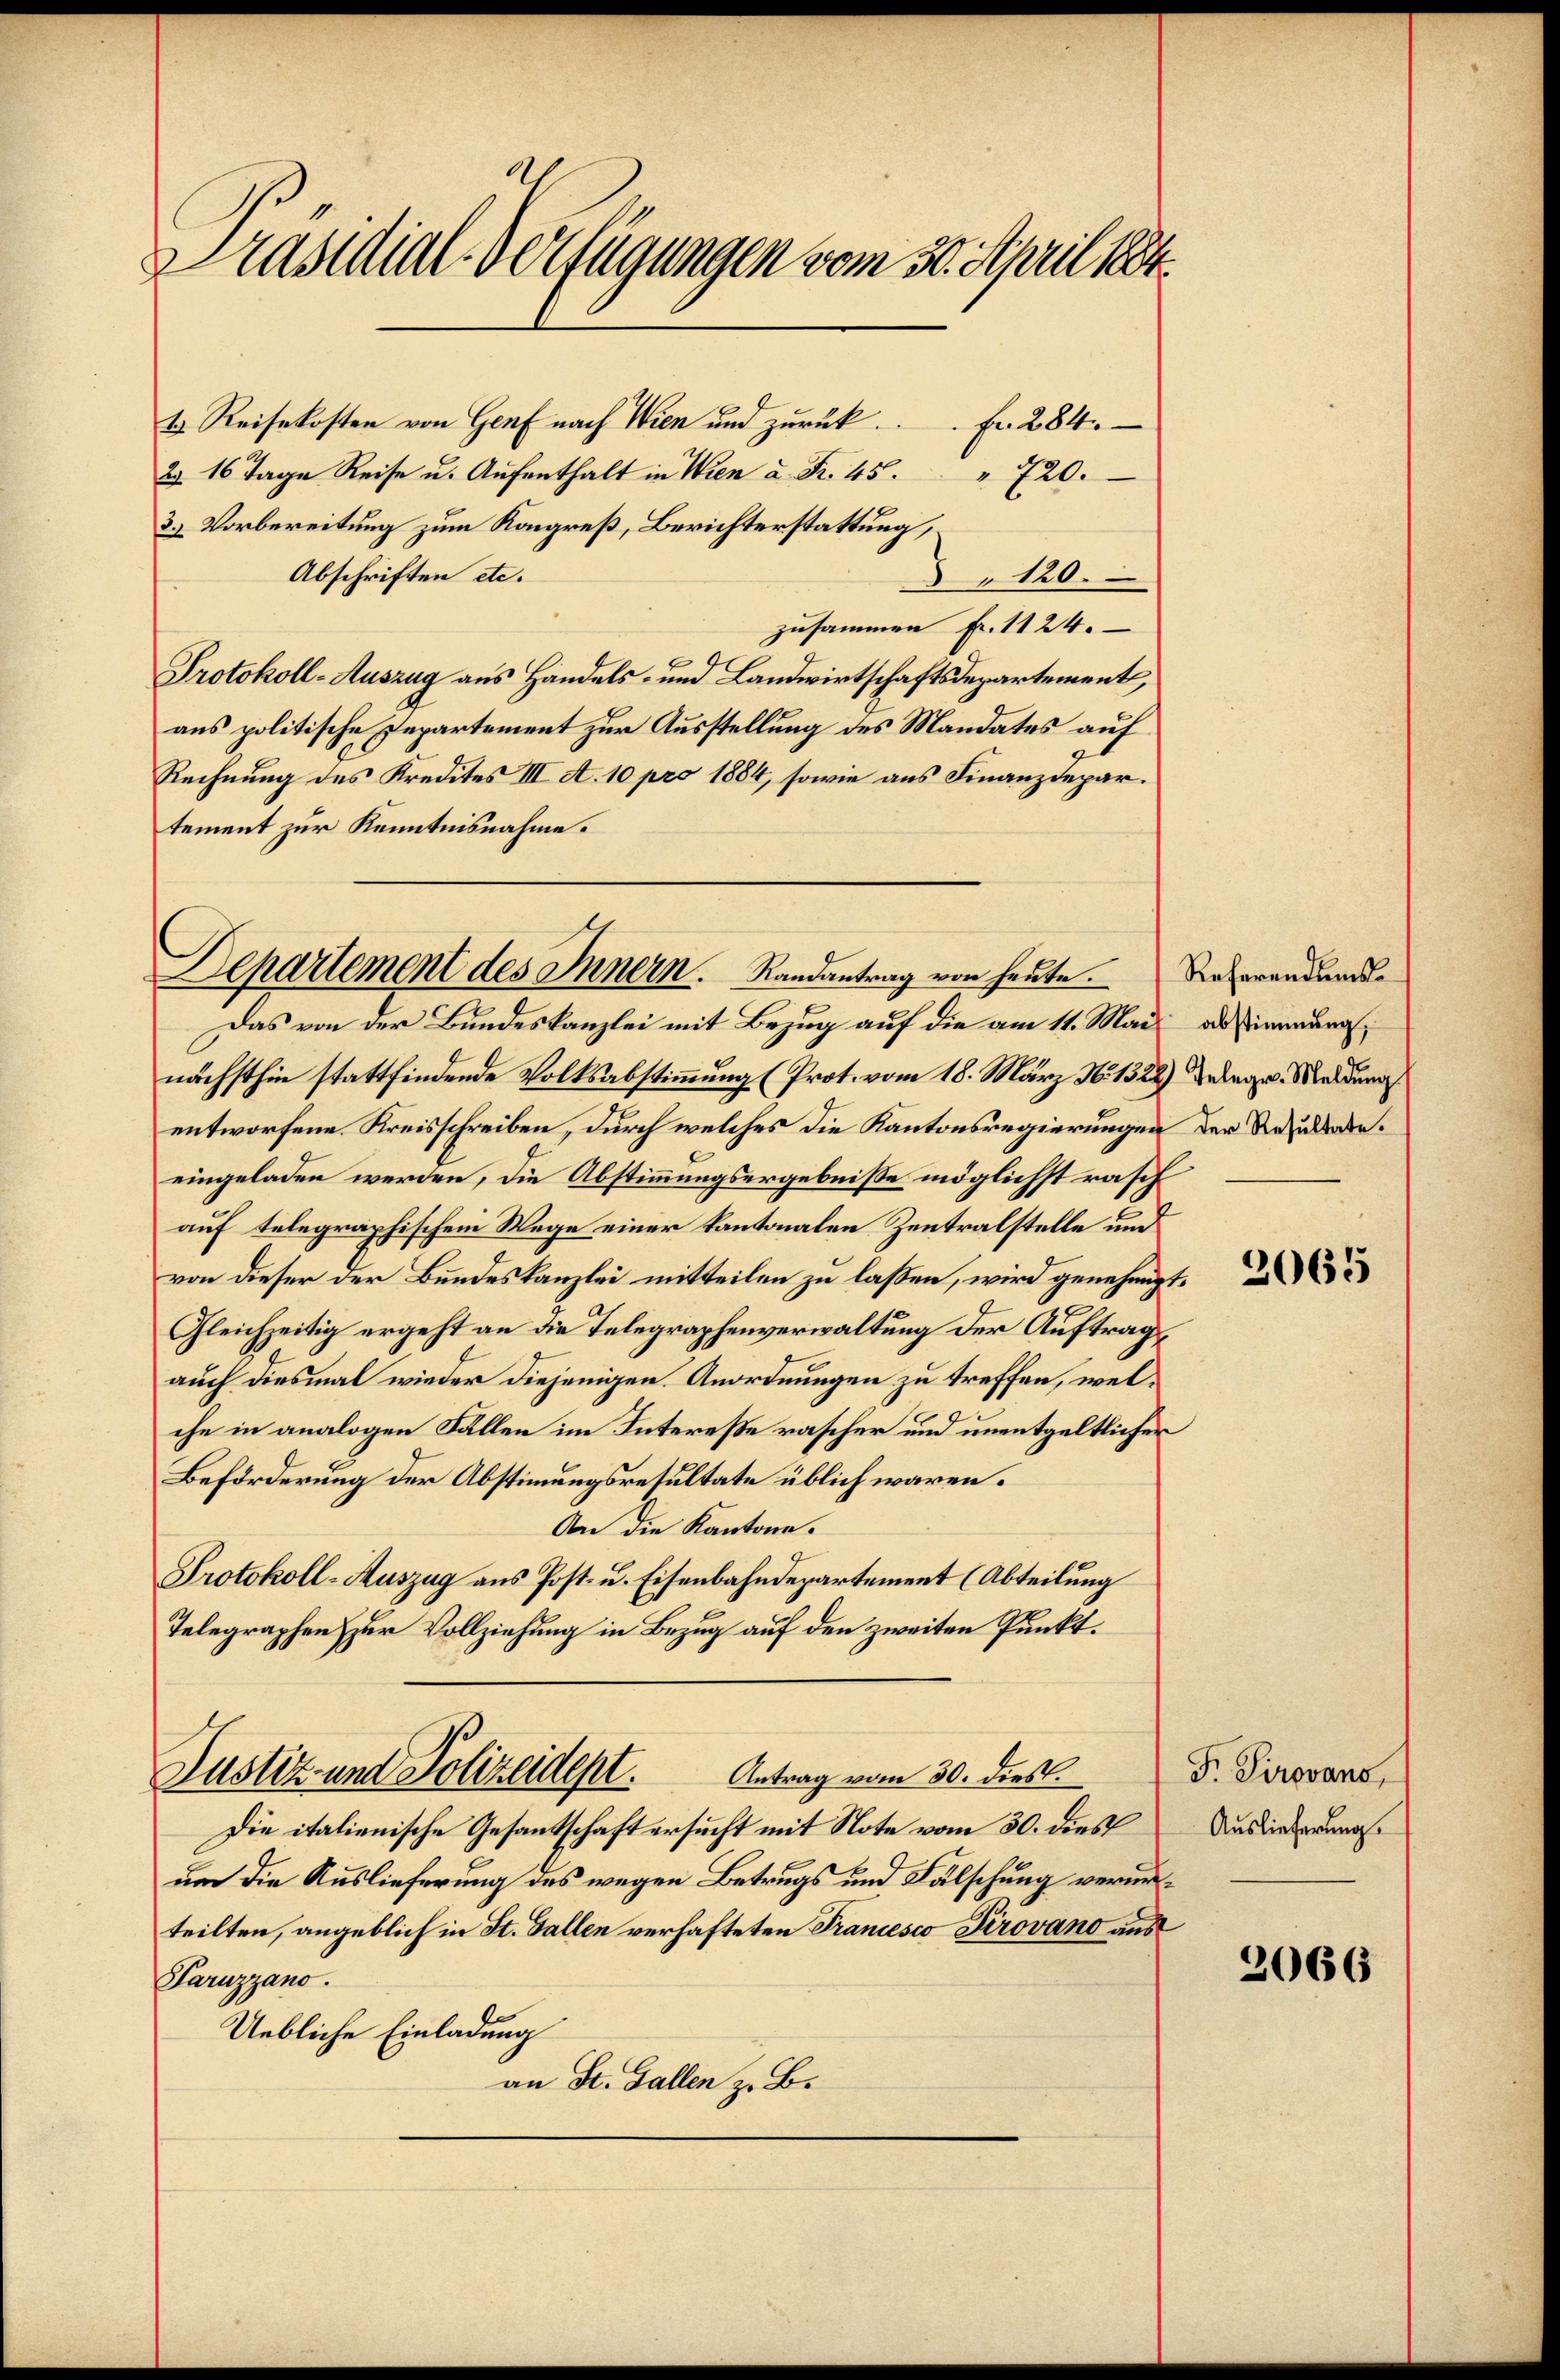
Präsidial-Verfügungen vom 30. April 1884.

1. Reisekosten von Genf nach Wien und zurück.
 Fr. 284.
2. 16 Tage Reise u. Aŭfenthalt in Wien u. Fr. 45. " 720.
3.) Vorbereitung zum Kongreß, Berichterstattung,
Abschriften etc.
120.
zusammen fr. 1124.
Protokoll-Auszug aus Handels- und Landwirtschaftsdepartement,
aus politische Departement zur Ausstellung des Mandates auf
Rechnung des Kredites III A. 10 pro 1884, sowie aus Finanzdepartement zur Kenntnisnahme.
Das von der Bundeskanzlei mit Bezug auf die am 11. Mai als sinnung,
nächsthin stattfindende Volksabstimmung (Prot. vom 18. März No 1328) Delege. Meldung
entworfene Kreisschreiben, durch welches die Kantonsregierungen der Rezulade.
eingeladen werden, die Abstimmungsergebnisse möglichst rasch
auf telegraphischem Wege einer kantonalen Zentralstelle und
von dieser der Bundeskanzlei mitteilen zu lassen, wird genehmigt.
Gleichzeitig ergeht an die Telegraphenverwaltung der Auftragauch diesmal wieder diejenigen Anordnungen zu treffen, welche in analogen Fällen im Intereße rascher und unentgeltlicher
Beförderung der Abstimmungsresultate üblich waren.
An die Kantone.
Protokoll-Auszug aus Post- u. Eisenbahndepartement (Abteilung
Telegraphen zur Vollziehung in Bezug auf den zweiten Punkt.
Justiz und Polizeidept. Antrag vom 30. dies
Die italienische Gesantschaft ersucht mit Note vom 30. dies
um die Auslieferung des wegen Betrugs und Fälschung verurteilten, angeblich in St. Gallen verhafteten Francesco Kirovano aus
Paruzzano.
Uebliche Einladung
an St. Gallen z. B.

Departement des Innern. Randantrag von heute. Referandende

2065

F. Sirovans,
Auslieferung.

2066